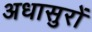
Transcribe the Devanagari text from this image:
अधासुरों